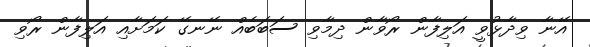
އޭނާ ވިދާޅުވީ އަލިފާން ރޯވާން ދިމާވި ސަބަބެއް ނޭނގޭ ކަމަށާއި އަލިފާން ރޯވި